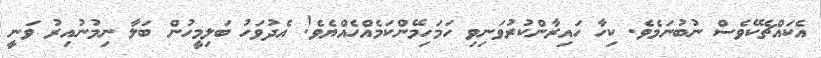
އެކައްޗެކޭވެސް ނުބުނަމެވެ. ކިހާ ހައިރާންކުރުވަނިވި ހަމަހިމޭންކަމެއްހެއްޔެވެ! އެދުވަހު ބަލިމީހުން ބަލާ ނިމުނުއިރު ވަނީ